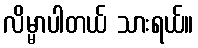
လိမ္မာပါတယ် သားရယ်။